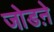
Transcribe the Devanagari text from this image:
जोडऩे